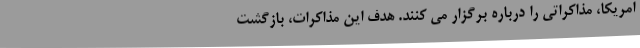
امریکا، مذاکراتی را درباره برگزار می کنند. هدف این مذاکرات، بازگشت